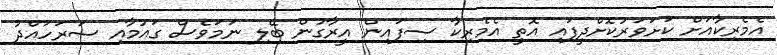
އެމެރިކާއަށް ކަށަވަރުކޮށްދީފައި އޮތީ އެމެރިކާ ސިފައިން އީރާގުން ބޭލި ނަމަވެސް ގައުމާއި ސަރަހައްދު